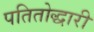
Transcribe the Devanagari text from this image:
पतितोद्धारी